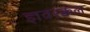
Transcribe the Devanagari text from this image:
ज्ञवरक्कल